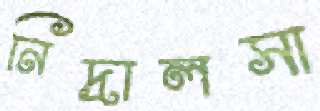
নিদ্রালসা